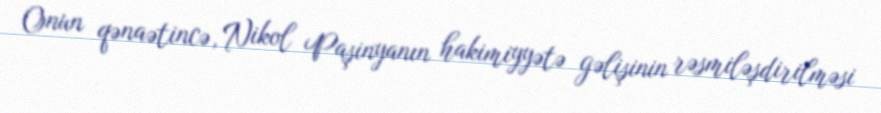
Onun qənaətincə, Nikol Paşinyanın hakimiyyətə gəlişinin rəsmiləşdirilməsi